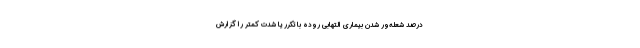
درصد شعله‌ور شدن بیماری التهابی روده با تکرر یا شدت کمتر را گزارش